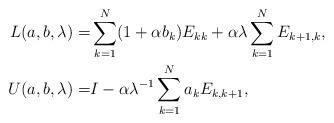
LaTeX: \begin{align*}L(a,b,\lambda) = & \sum_{k=1}^N (1+\alpha b_k)E_{kk}+\alpha\lambda\sum_{k=1}^N E_{k+1,k},\\U(a,b,\lambda) = & I-\alpha\lambda^{-1}\sum_{k=1}^N a_kE_{k,k+1},\end{align*}